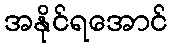
အနိုင်ရအောင်